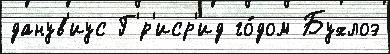
данув'иус Г'́р'иср'ид го́дом Бухлоэ